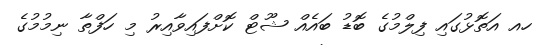
ހއ އަތޮޅުގައި ފިލްމުގެ ބޮޑު ބައެއް ޝޫޓް ކޮށްފައިވާއިރު މި ހަފްތާ ނިމުމުގެ